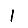
Digit: 1